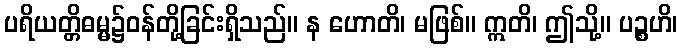
ပရိယတ္တိဓမ္မ၌ဝန်တို့ခြင်းရှိသည်။ န ဟောတိ၊ မဖြစ်။ ဣတိ၊ ဤသို့။ ပဉ္စဟိ၊